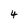
Character: 4